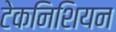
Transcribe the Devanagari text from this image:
टेकनिशियन